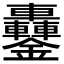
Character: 𨰵